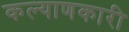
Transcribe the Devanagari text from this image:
कल्‍याणकारी